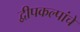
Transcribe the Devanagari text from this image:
द्वीपकल्पांचे